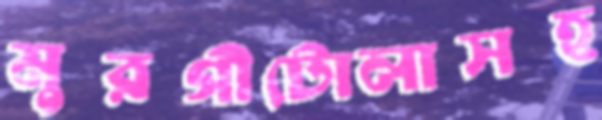
মুরগীটোলাসহ